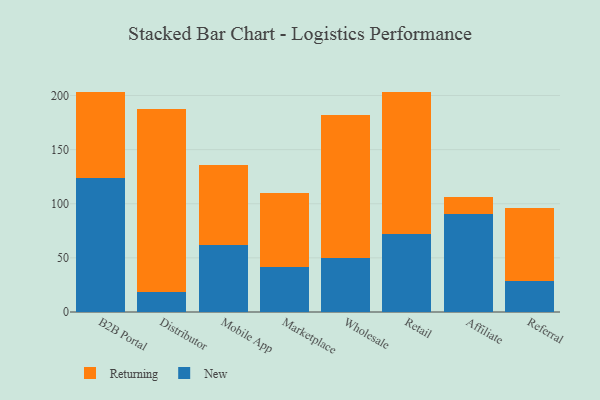
{"axis": {"x": "Channel", "y": "Page Views"}, "legend": ["New", "Returning"], "data": [{"x": "B2B Portal", "y": 124.2, "type": "New"}, {"x": "B2B Portal", "y": 79.4, "type": "Returning"}, {"x": "Distributor", "y": 18.5, "type": "New"}, {"x": "Distributor", "y": 168.7, "type": "Returning"}, {"x": "Mobile App", "y": 61.9, "type": "New"}, {"x": "Mobile App", "y": 74.2, "type": "Returning"}, {"x": "Marketplace", "y": 41.3, "type": "New"}, {"x": "Marketplace", "y": 68.5, "type": "Returning"}, {"x": "Wholesale", "y": 50.1, "type": "New"}, {"x": "Wholesale", "y": 132.0, "type": "Returning"}, {"x": "Retail", "y": 72.0, "type": "New"}, {"x": "Retail", "y": 131.2, "type": "Returning"}, {"x": "Affiliate", "y": 90.5, "type": "New"}, {"x": "Affiliate", "y": 15.3, "type": "Returning"}, {"x": "Referral", "y": 28.9, "type": "New"}, {"x": "Referral", "y": 67.3, "type": "Returning"}]}